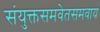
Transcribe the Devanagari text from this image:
संयुक्तसमवेतसमवाय